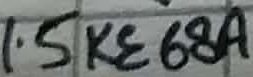
Text: 1.5 K3 68A